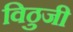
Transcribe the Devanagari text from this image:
विठुजी